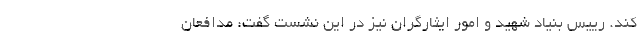
کند. رییس بنیاد شهید و امور ایثارگران نیز در این نشست گفت: مدافعان